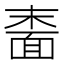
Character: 𬰠